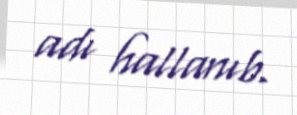
adı hallanıb.